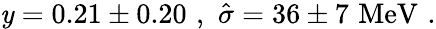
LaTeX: \mathit{y}=0.21\pm0.20\, \, ,\, \, \hat{{\sigma}}=36\pm7\, \, \mathrm{{MeV}}\, \, .